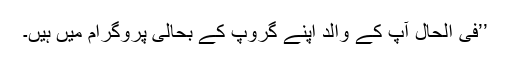
’’فی الحال آپ کے والد اپنے گروپ کے بحالی پروگرام میں ہیں۔